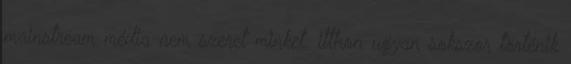
mainstream média nem szeret minket. itthon ugyan sokszor történik